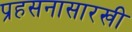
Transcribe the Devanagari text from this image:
प्रहसनासारखी